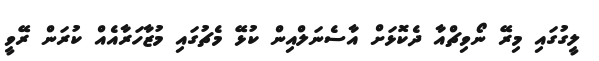
ލީގުގައި މިރޭ ނޯވިޗްއާ ދެކޮޅަށް އާސެނަލްއިން ކުޅޭ މެޗުގައި މުޒާހަރާއެއް ކުރަން ރޭވީ